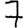
Digit: 7